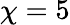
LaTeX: \chi=5